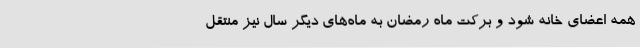
همه اعضای خانه شود و برکت ماه رمضان به ماه‌های دیگر سال نیز منتقل